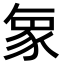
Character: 𮙝